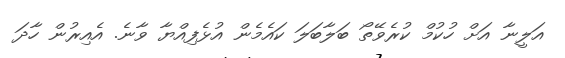
އަލީނާ އަށް ހުކުމް ކުރެވޭތޯ ބަލާބަލަ ކައެމެން އުޅެފިއްޔާ ވާނެ. އެއިރުން ހާދަ